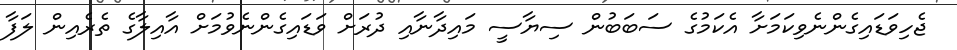
ޖެހިވަޑައިގެންނެވިކަމަށާ އެކަމުގެ ސަބަބުން ސިޔާސީ މައިދާނާއި ދުރަށް ވަޑައިގެންނެވުމަށް އާއިލާގެ ތެރެއިން ލަފާ